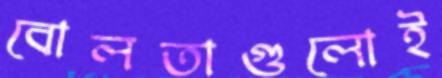
বোলতাগুলোই